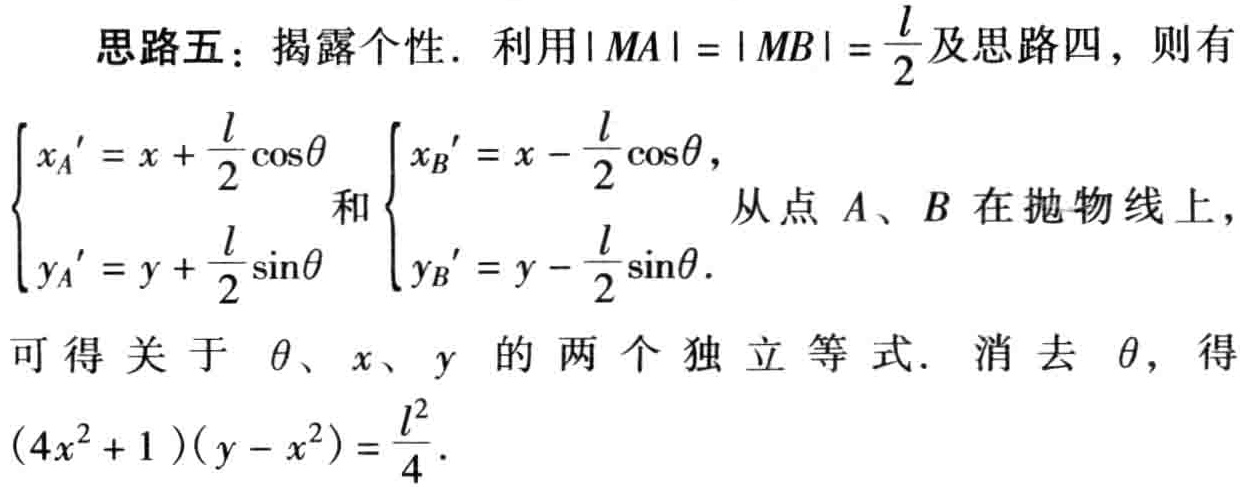
思路五：揭露个性. 利用\(\vert MA\vert=\vert MB\vert = \frac{l}{2}\)及思路四，则有

\(\begin{cases}

x_A' = x + \frac{l}{2}\cos\theta \\

y_A' = y + \frac{l}{2}\sin\theta

\end{cases}\)和\(\begin{cases}

x_B' = x - \frac{l}{2}\cos\theta \\

y_B' = y - \frac{l}{2}\sin\theta

\end{cases}\)从点\(A、B\)在抛物线上，

可得关于\(\theta、x、y\)的两个独立等式. 消去\(\theta\)，得

\((4x^{2} + 1)(y - x^{2}) = \frac{l^{2}}{4}\).